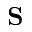
\mathbf { S }